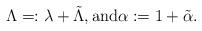
LaTeX: \begin{align*}\Lambda=: \lambda + \tilde{\Lambda}, \hbox{and} \alpha:=1+\tilde{\alpha}.\end{align*}